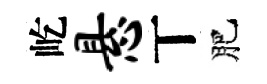
屹悬丅肥